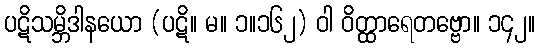
ပဋိသမ္ဘိဒါနယော (ပဋိ။ မ။ ၁။၁၆၂) ဝါ ဝိတ္ထာရေတဗ္ဗော။ ၁၄၂။